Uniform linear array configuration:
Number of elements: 64
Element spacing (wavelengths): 1
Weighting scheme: binomial
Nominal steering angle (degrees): -60
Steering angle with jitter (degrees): -61.783
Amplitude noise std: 0.05
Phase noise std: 0.05

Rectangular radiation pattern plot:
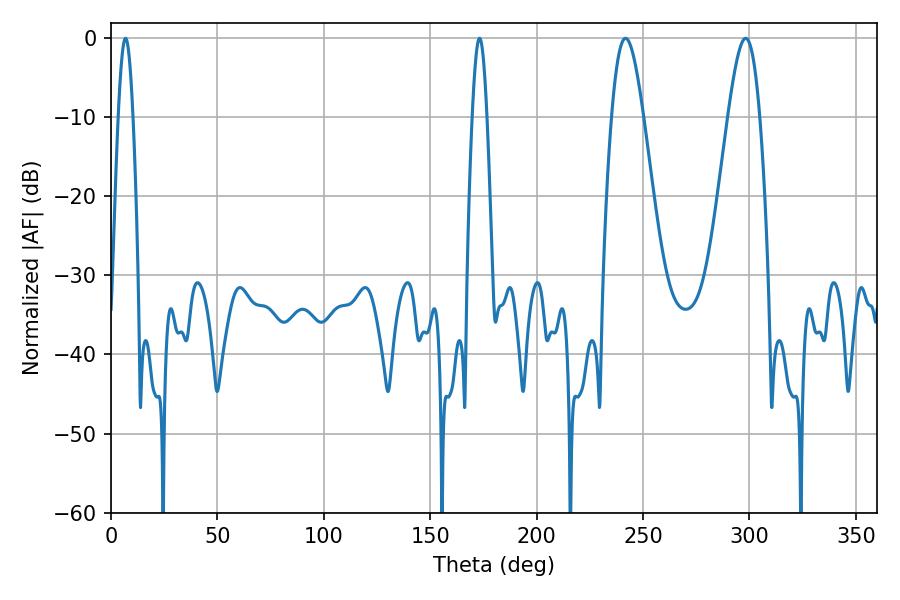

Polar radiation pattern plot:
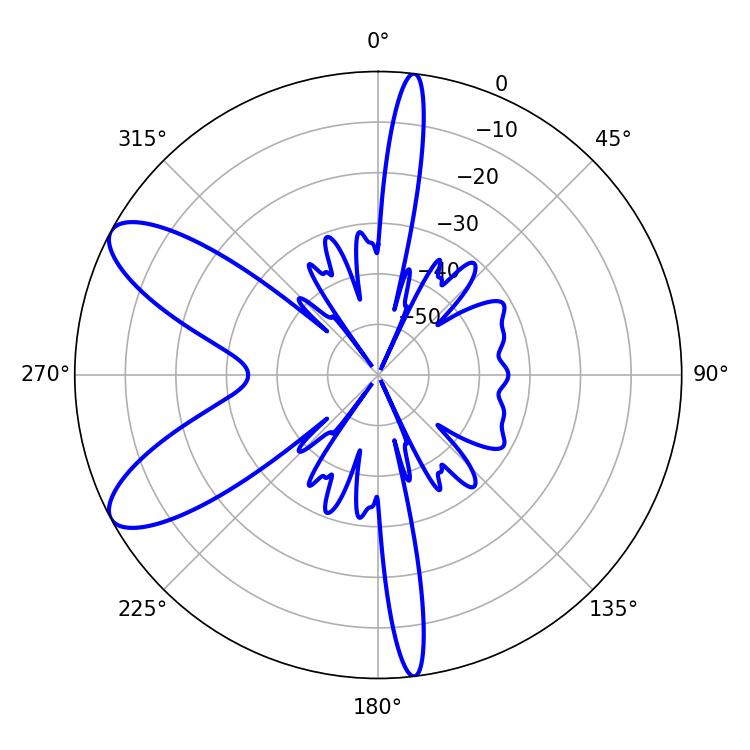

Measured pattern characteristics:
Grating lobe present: TRUE
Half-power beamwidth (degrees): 3.6
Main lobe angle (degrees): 6.84